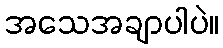
အသေအချာပါပဲ။